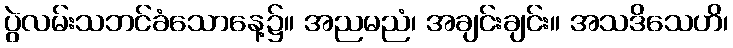
ပွဲလမ်းသဘင်ခံသောနေ့၌။ အညမညံ၊ အချင်းချင်း။ အသဒိသေဟိ၊